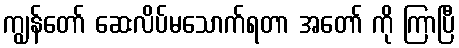
ကျွန်တော် ဆေးလိပ်မသောက်ရတာ အတော် ကို ကြာပြီ